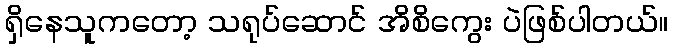
ရှိနေသူကတော့ သရုပ်ဆောင် အိစိကွေး ပဲဖြစ်ပါတယ်။